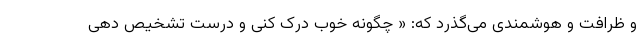
و ظرافت و هوشمندی می‌گذرد که: « چگونه خوب درک کنی و درست تشخیص دهی